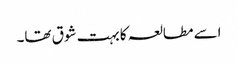
اسے مطالعہ کا بہت شوق تھا۔